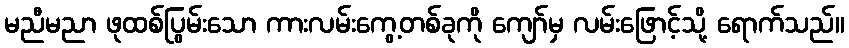
မညီမညာ ဖုထစ်ပြွမ်းသော ကားလမ်းကွေ့တစ်ခုကို ကျော်မှ လမ်းဖြောင့်သို့ ရောက်သည်။